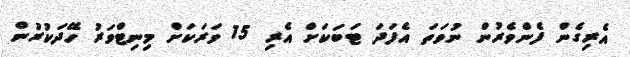
އެރިގެން ފެންވެރުން ނުވަތަ އެފަދަ ޓަބަކަށް އެރި 15 ވަރަކަށް މިނިޓްވަރު ހޭދަކުރުން